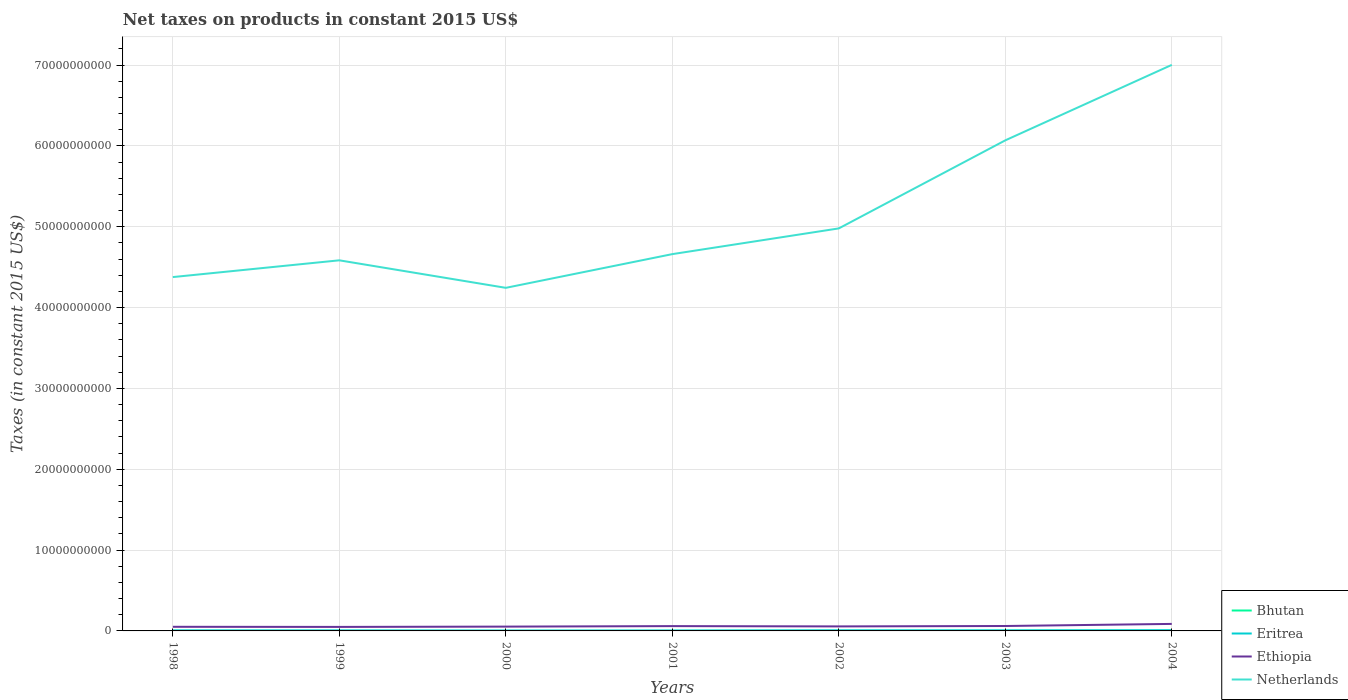
| Years | Bhutan | Eritrea | Ethiopia | Netherlands |
 | --- | --- | --- | --- | --- |
 | 1998 | 1.32e+07 | 6.31e+07 | 5.1e+08 | 4.38e+10 |
 | 1999 | 1.44e+07 | 5.98e+07 | 4.98e+08 | 4.58e+10 |
 | 2000 | 9.43e+06 | 4.44e+07 | 5.34e+08 | 4.24e+10 |
 | 2001 | 1.02e+07 | 5.02e+07 | 5.95e+08 | 4.66e+10 |
 | 2002 | 1.68e+07 | 7.06e+07 | 5.59e+08 | 4.98e+10 |
 | 2003 | 1.98e+07 | 7.06e+07 | 6.09e+08 | 6.07e+10 |
 | 2004 | 2.67e+07 | 8.94e+07 | 8.67e+08 | 7e+10 |